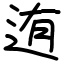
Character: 迶